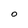
Character: O